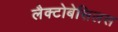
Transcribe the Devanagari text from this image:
लैक्टोबेसिलस